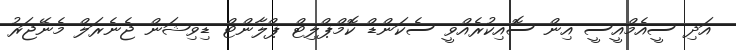
އަދި ސީއެމްއީސީ އިން ސޮއިކުރެއްވީ ސެކަންޑް ކޮމްޕްލިޓް ޕްލާންޓް ޑިވިޝަން ޖެނެރަލް މެނޭޖަރު